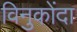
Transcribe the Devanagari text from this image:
विनुकोंदा